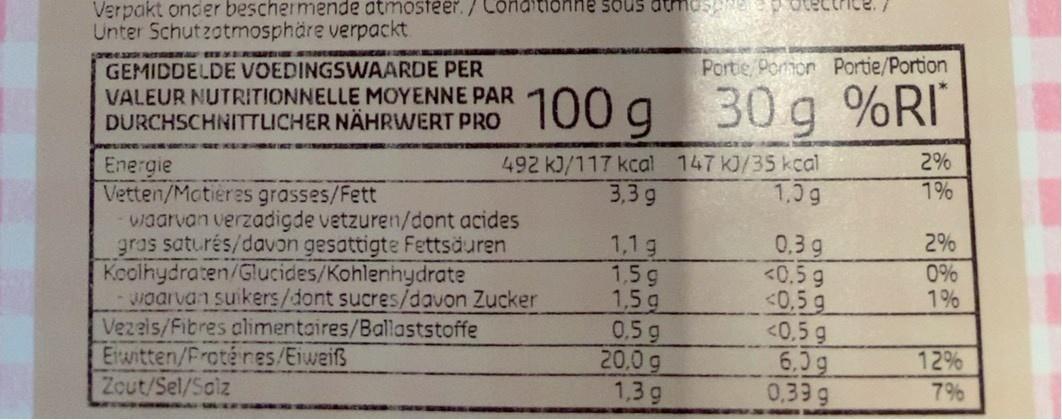
Verpakt onder beschermende atmosteer. / Conditionne sous atmes Unter Schutzatmosphäre verpackt
Portie Pomon Portie/Portion
GEMIDDELDE VOEDINGSWAARDE PER VALEUR NUTRITIONNELLE MOYENNE PAR DURCHSCHNITTLICHER NÄHRWERT PRO IUUg
30g
%RI
492 k)/117 kcal 147 kJ/35 kcal 3,3 g
2% 1%
Energie Vetten/Mctières grasses/Fett waarvan verzadigde vetzuren/dont acides gras saturés/davon gesattigte Fettsäuren Kcolhydraten/Glucides/Kohlenhydrate waarvan suikers/dont sucres/davon Zucker Vezeis/Fibres alimentaires/Ballaststoffe Etwitten/Froténes/Eiweiß Zout/Sel/Salz
1,1g 1,5 g 1,5 g 0.5 g 20.0 g 1,3 g
0.3g <0.5 g <0,5 g <0.5 g 6.0g 0.39 g
2%
0% 1%
12%
7%